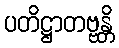
ပတိဋ္ဌာတဗ္ဗန္တိ